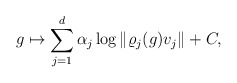
\begin{align*} g\mapsto\sum_{j=1}^d \alpha_j \log \|\varrho_j(g)v_j\| + C, \end{align*}